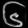
Digit: ၆